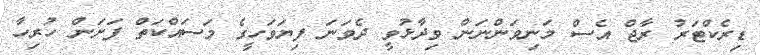
ޑިރެކްޓަރު ރާޖް އެސް މަނިވަންނަން ވިދާޅުވީ ދެވަނަ ފިޔަވަހީގެ މަސައްކަތް ފަށަން ހުރިހާ